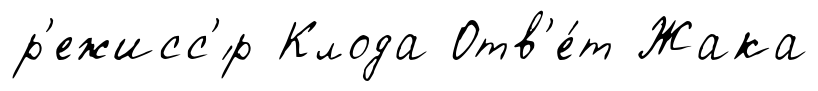
р'ежисс'́р Клода Отв'е́т Жака